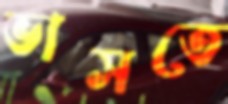
ভাসতে